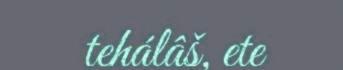
tehálâš, ete